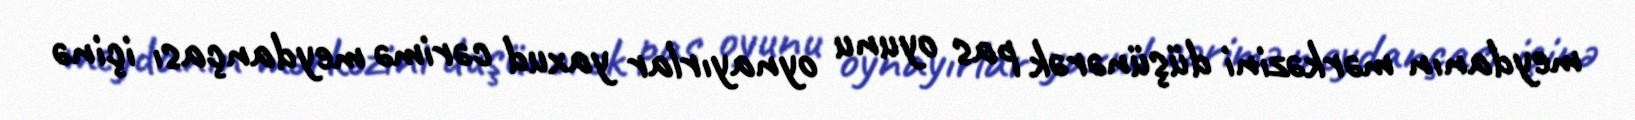
meydanın mərkəzini düşünərək pas oyunu oynayırlar yaxud cərimə meydançası içinə